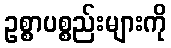
ဥစ္စာပစ္စည်းများကို